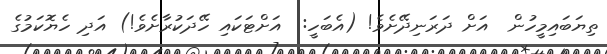
ތިޔަބައިމީހުން  އަށް ދަރަނިދޭށެވެ! (އެބަހީ:  އަށްޓަކައި ހޭދަކުރާށެވެ!) އަދި ހެޔޮކަމުގެ